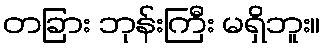
တခြား ဘုန်းကြီး မရှိဘူး။